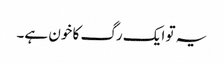
یہ تو ایک رگ کا خون ہے۔